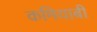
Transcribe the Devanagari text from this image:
कमियाबी